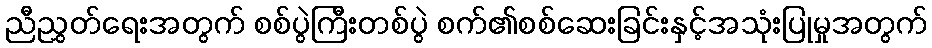
ညီညွှတ်ရေးအတွက် စစ်ပွဲကြီးတစ်ပွဲ စက်၏စစ်ဆေးခြင်းနှင့်အသုံးပြုမှုအတွက်